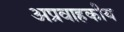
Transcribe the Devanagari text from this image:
अप्रवाहकीय